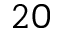
2 0